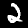
Digit: 2